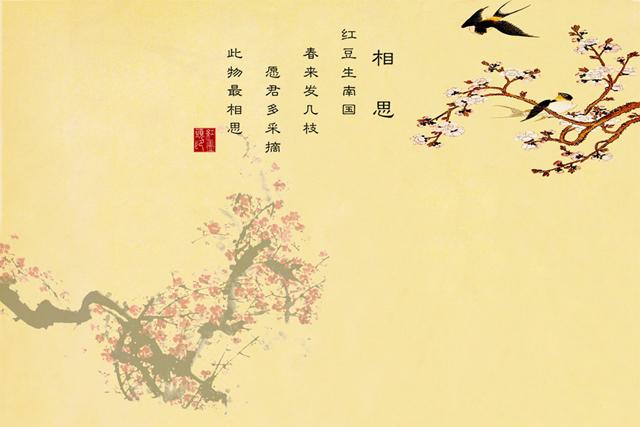
相思了无益，悔当初相见。